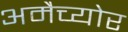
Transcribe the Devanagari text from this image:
अमैच्योर